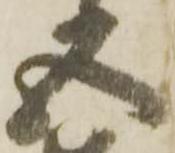
五